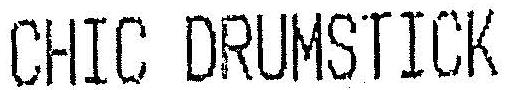
CHIC DRUMSTICK